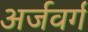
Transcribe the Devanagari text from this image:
अर्जवर्ग